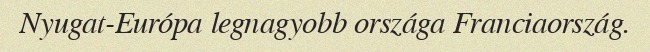
Nyugat-Európa legnagyobb országa Franciaország.